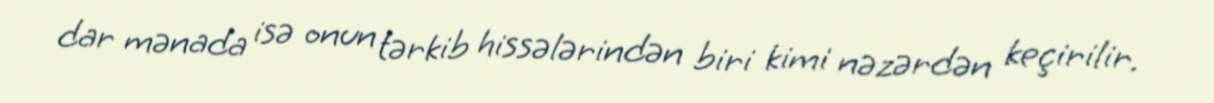
dar mənada isə onun tərkib hissələrindən biri kimi nəzərdən keçirilir.